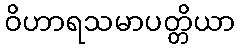
ဝိဟာရသမာပတ္တိယာ